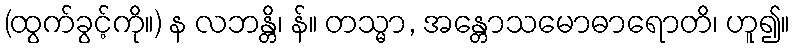
(ထွက်ခွင့်ကို။) န လဘန္တိ၊ န်။ တသ္မာ, အန္တောသမောဓာရောတိ၊ ဟူ၍။